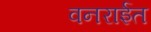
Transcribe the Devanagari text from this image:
वनरार्इत